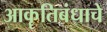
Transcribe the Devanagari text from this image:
आकॄतिबंधाचे